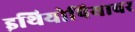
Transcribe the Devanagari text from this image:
इथियोपियावर